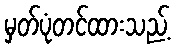
မှတ်ပုံတင်ထားသည့်